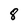
Character: 8